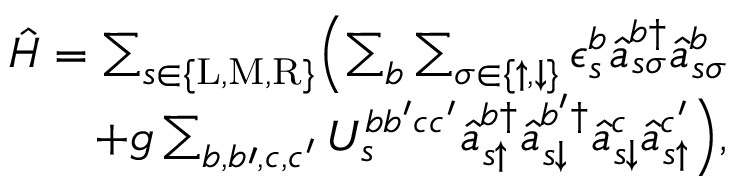
\begin{array} { r } { \hat { H } = \sum _ { s \in \{ \mathrm { L } , \mathrm { M } , \mathrm { R } \} } \Bigl ( \sum _ { b } \sum _ { \sigma \in \{ \uparrow , \downarrow \} } \epsilon _ { s } ^ { b } \hat { a } _ { s \sigma } ^ { b \dagger } \hat { a } _ { s \sigma } ^ { b } } \\ { + g \sum _ { b , b \prime , c , c ^ { \prime } } U _ { s } ^ { b b ^ { \prime } c c ^ { \prime } } \hat { a } _ { s \uparrow } ^ { b \dagger } \hat { a } _ { s \downarrow } ^ { b ^ { \prime } \dagger } \hat { a } _ { s \downarrow } ^ { c } \hat { a } _ { s \uparrow } ^ { c ^ { \prime } } \Bigr ) , } \end{array}